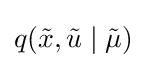
q({\tilde {x}},{\tilde {u}}\mid {\tilde {\mu }})